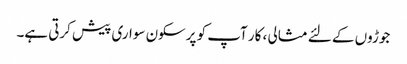
جوڑوں کے لئے مثالی ، کار آپ کو پرسکون سواری پیش کرتی ہے۔